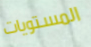
المستويات